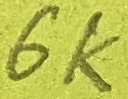
Text: 6K